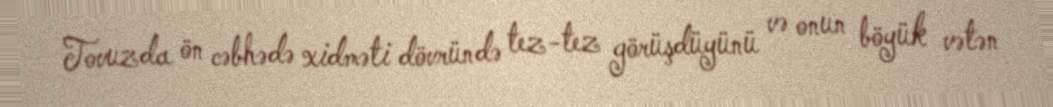
Tovuzda ön cəbhədə xidməti dövründə tez-tez görüşdüyünü və onun böyük vətən